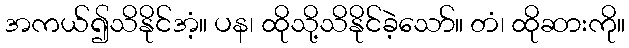
အကယ်၍သိနိုင်အံ့။ ပန၊ ထိုသို့သိနိုင်ခဲ့သော်။ တံ၊ ထိုဆားကို။